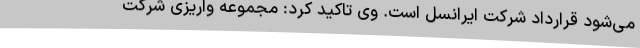
می‌شود قرارداد شرکت ایرانسل است. وی تاکید کرد: مجموعه واریزی شرکت